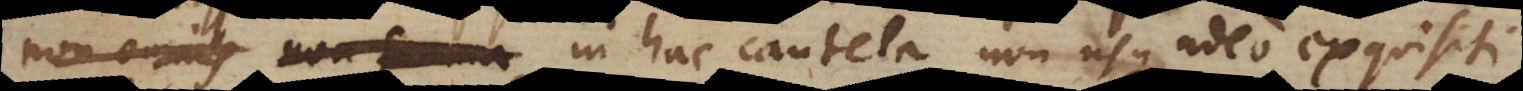
non omnis summa in hac cautela non usque adeo exquisiti